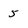
Character: 5